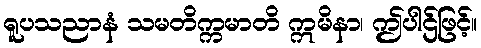
ရူပသညာနံ သမတိက္ကမာတိ ဣမိနာ၊ ဤပါဌ်ဖြင့်။